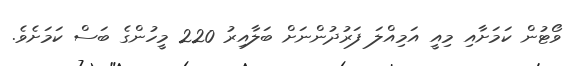
ވޯޓުން ކަމަށާއި މިއީ އަމިއްލަ ފަރުދުންނަށް ބަލާއިރު 220 މީހުންގެ ބަސް ކަމަށެވެ.